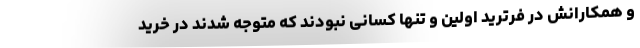
و همکارانش در فرترید اولین و تنها کسانی نبودند که متوجه شدند در خرید